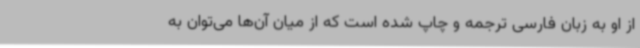
از او به زبان فارسی ترجمه و چاپ شده است که از میان آن‌ها می‌توان به